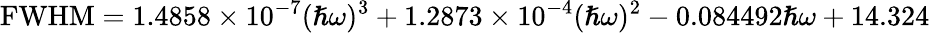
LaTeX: \mathrm{FWHM}=1.4858\times 10^{-7}(\hslash\omega)^{3}+1.2873\times 10^{-4}(\hslash\omega)^{2}-0.084492\hslash\omega+14.324